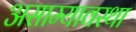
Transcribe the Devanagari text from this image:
असाम्यावस्था